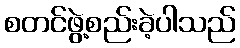
စတင်ဖွဲ့စည်းခဲ့ပါသည်